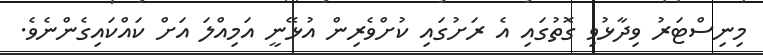
މިނިސްޓަރު ވިދާޅުވި ގޮތުގައި އެ ރަށުގައި ކުށްވެރިން އުޅޭނީ އަމިއްލަ އަށް ކައްކައިގެންނެވެ.